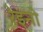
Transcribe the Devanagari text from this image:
रेइनो